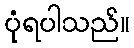
ပုံရပါသည်။